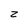
Character: z